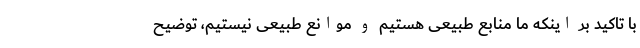
با تاکید بر اینکه ما منابع طبیعی هستیم و موانع طبیعی نیستیم، توضیح